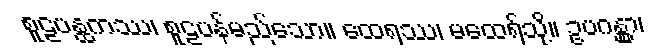
စူဠပန္ထကဿ၊ စူဠပန်မည်သော။ ထေရဿ၊ မထေရ်သို့။ ဥပဂန္တွာ၊